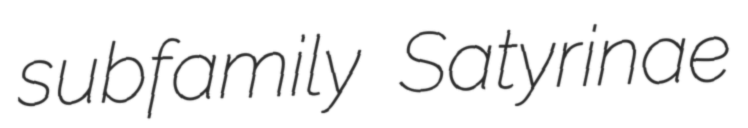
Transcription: subfamily Satyrinae